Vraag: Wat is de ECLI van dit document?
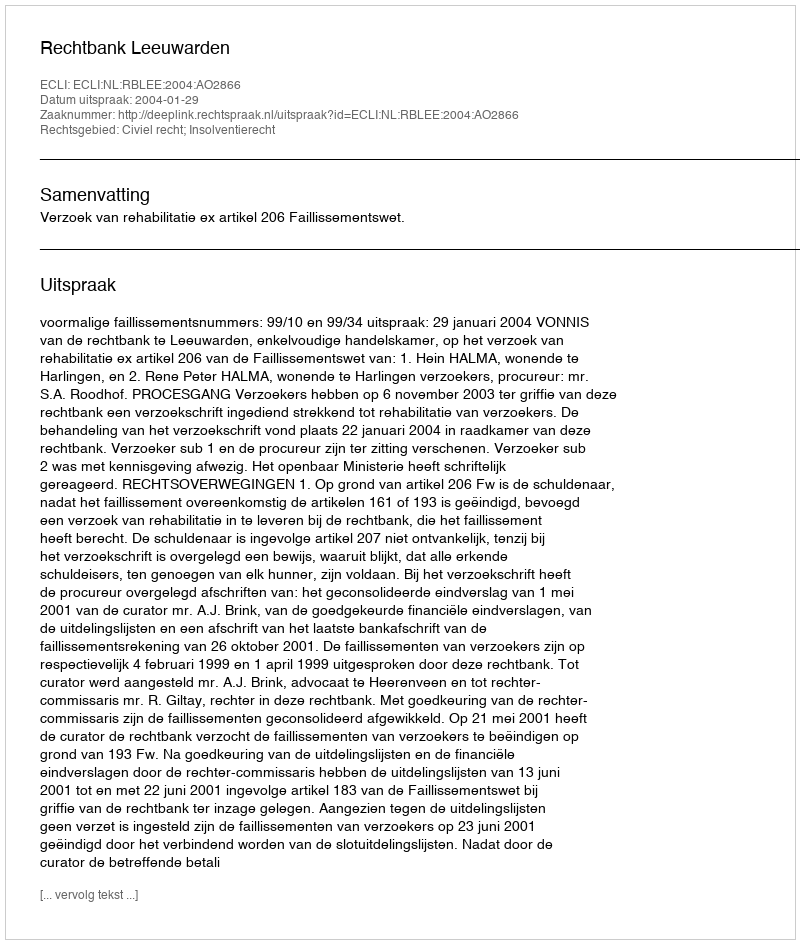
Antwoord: ECLI:NL:RBLEE:2004:AO2866